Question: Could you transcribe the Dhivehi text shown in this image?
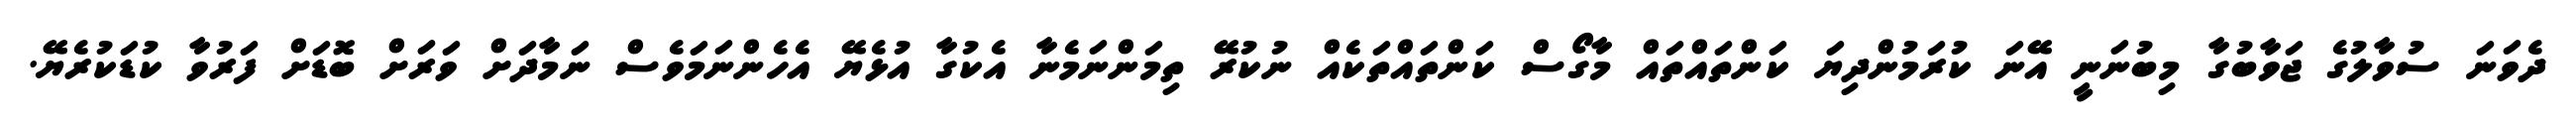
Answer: ދެވަނަ ސުވާލުގެ ޖަވާބުގާ މިބުނަނީ އޭނަ ކުރަމުންދިޔަ ކަންތައްތައް މާގޯސް ކަންތައްތަކެއް ނުކުރޭ ތިމަންނަމެނާ އެކުގާ އުޅެޔޭ އެހެންނަމަވެސް ނަމާދަށް ވަރަށް ބޮޑަށް ފަރުވާ ކުޑަކުރެޔޭ.